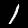
Label: 1